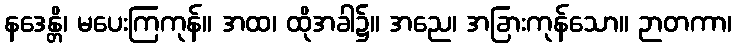
နဒေန္တိ၊ မပေးကြကုန်။ အထ၊ ထိုအခါ၌။ အညေ၊ အခြားကုန်သော။ ဉာတကာ၊